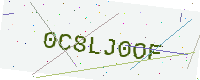
Text: 0C8LJ0OF